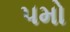
૫મો